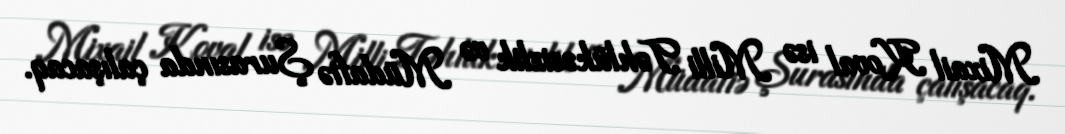
Mixail Koval isə Milli Təhlükəsizlik və Müdafiə Şurasında çalışacaq.